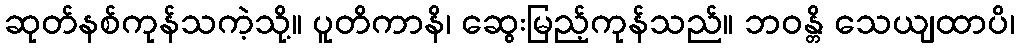
ဆုတ်နစ်ကုန်သကဲ့သို့။ ပူတိကာနိ၊ ဆွေးမြည့်ကုန်သည်။ ဘဝန္တိ သေယျထာပိ၊